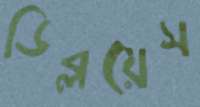
ডিব্লয়েস